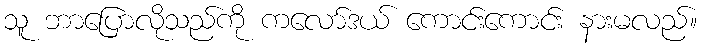
သူ ဘာပြောလိုသည်ကို ကလော်ဒယ် ကောင်းကောင်း နားမလည်။